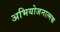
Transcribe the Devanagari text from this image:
अभियोजनात्मक